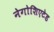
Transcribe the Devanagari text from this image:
नेगोशिएटेड